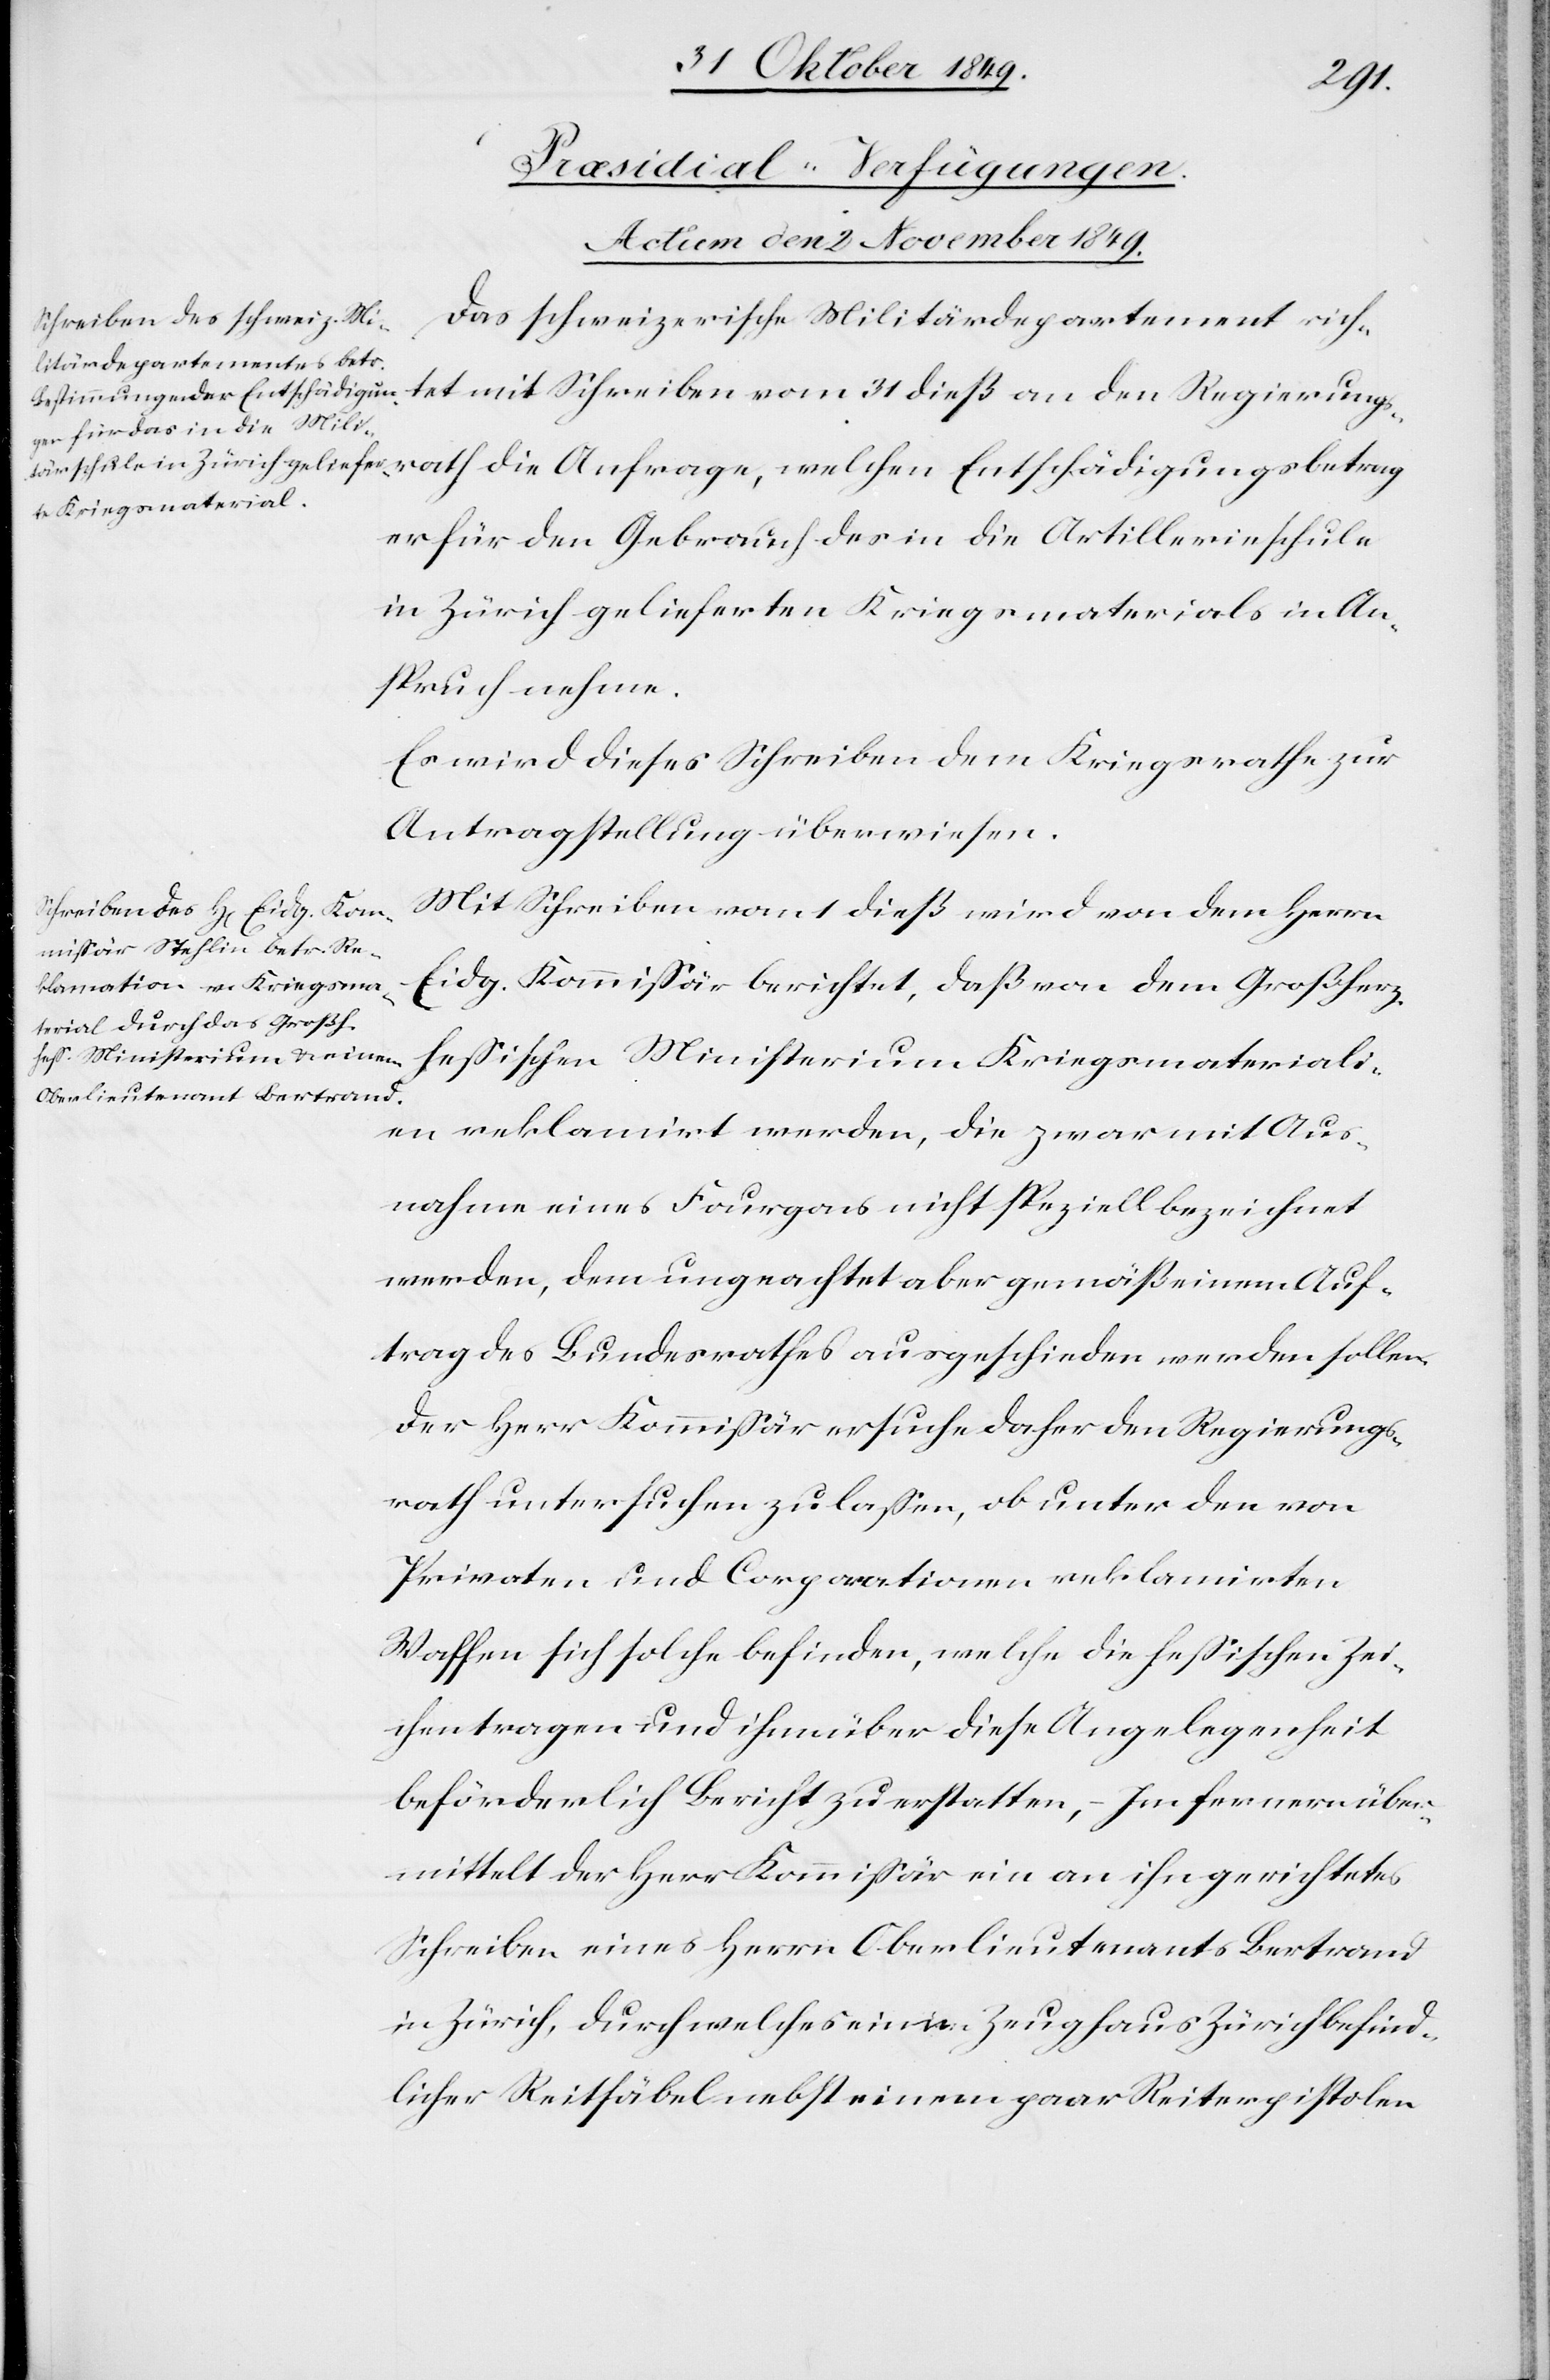
die
[Präsidial-Verfügungen.
Actum den 2 November 1849.]
Das schweizerische Militärdepartement rich¬
tet mit Schreiben vom 31 dieß an den Regierungs¬
er für den Gebrauch des in die Artillerieschule
in Zürich gelieferten Kriegsmaterials in An¬
spruch nehme.
Er wird dieses Schreiben dem Kriegsrathe zur
Antragstellung überwiesen.
Mit Schreiben vom 1 dieß wird von dem Herrn
Eidg. Kommißär berichtet, daß von dem Großherz.
Heßischen Ministerium Kriegsmateriali¬
en reklamirt werden, die zwar mit Aus¬
nahme eines Fourgon nicht speziell bezeichnet
werden, dem ungeachtet aber gemäß einem Auf¬
trag des Bundesrathes ausgeschieden werden sollen.
Der Herr Kommißär ersuche daher den Regierungs¬
rath untersuchen zu laßen, ob unter den von
Privaten und Corporationen reklamirten
Waffen sich solche befinden, welche diese heßischen Zei¬
chen tragen und ihm über diese Angelegenheit
beförderlich Bericht zu erstatten, – Im fernern über¬
mittelt der Herr Kommißär ein an ihn gerichtetes
Schreiben eines Herrn Oberlieutenants Bertrand
in Zürich, durch welches ein im Zeughaus befind¬
licher Reitsäbel nebst einem paar Reiterpistolen